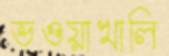
ভওয়াখালি